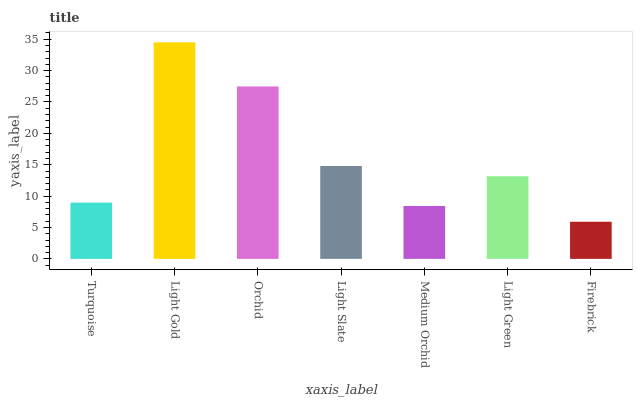
| xaxis_label | bars |
 | --- | --- |
 | Turquoise | 8.96 |
 | Light Gold | 34.5 |
 | Orchid | 27.5 |
 | Light Slate | 14.8 |
 | Medium Orchid | 8.43 |
 | Light Green | 13.2 |
 | Firebrick | 5.92 |